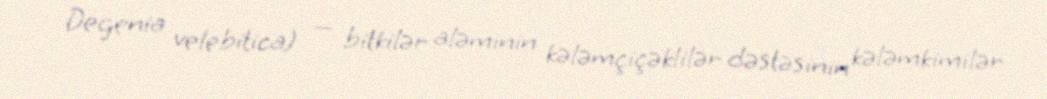
Degenia velebitica) — bitkilər aləminin kələmçiçəklilər dəstəsinin kələmkimilər